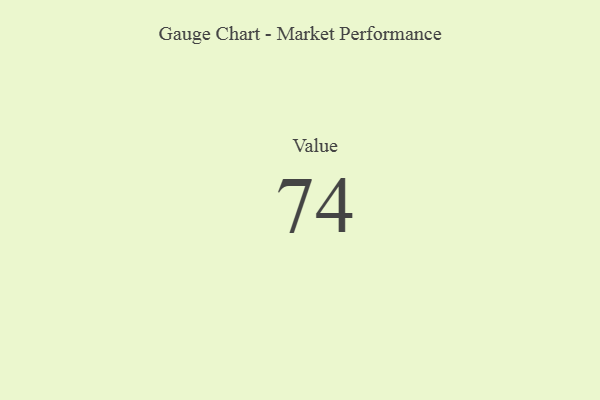
{"axis": {"x": "Metric", "y": "Value"}, "legend": [""], "data": [{"x": "Value", "y": 74, "type": ""}]}